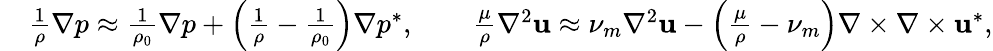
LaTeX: \begin{array}{rl}&{\frac{1}{\rho}\nabla p\approx\frac{1}{\rho_{0}}\nabla p+\left(\frac{1}{\rho}-\frac{1}{\rho_{0}}\right)\nabla p^{*},\qquad\frac{\mu}{\rho}\nabla^{2}\textbf{u}\approx\nu_{m}\nabla^{2}\textbf{u}-\left(\frac{\mu}{\rho}-\nu_{m}\right)\nabla\times\nabla\times\textbf{u}^{*},}\end{array}